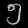
Digit: ၅